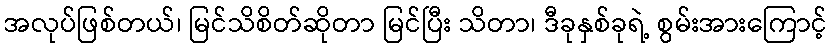
အလုပ်ဖြစ်တယ်၊ မြင်သိစိတ်ဆိုတာ မြင်ပြီး သိတာ၊ ဒီခုနှစ်ခုရဲ့ စွမ်းအားကြောင့်